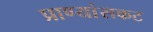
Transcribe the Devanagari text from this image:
प्राण्यांसकट